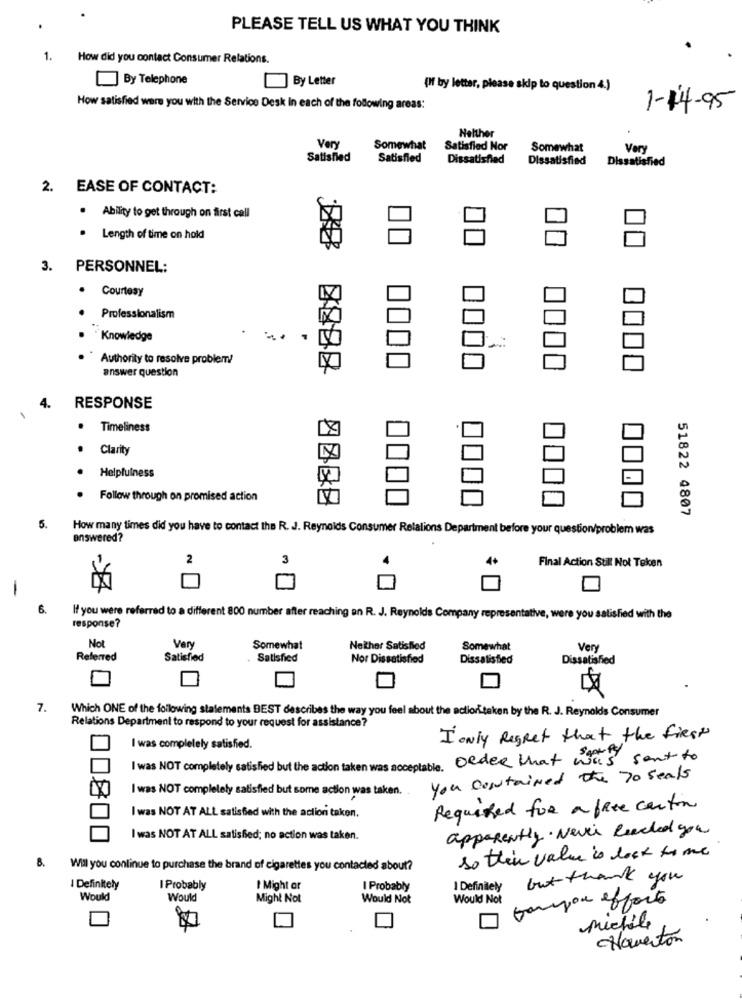
PLEASE TELL US WHAT YOU THINK
.How did you contact Consumer Relations.
By Telephone
] By Letter
{If by letter, please skip to question 4.)
How satisfied were you with the Service Desk In each of the following areas:
1-14-95
Helther
Very
Somewhat
Satisfied Nor
Somewhat
Very
Satisfied
Satisfied
Dissatisfied
Dissatisfied
Dissatisfied
2. EASE OF CONTACT:
. Ability to get through on first call
Length of time on hold
3. PERSONNEL:
· Courtesy
Professionalism
.Knowledge
Authority to resolve problem!
answer question
4.
RESPONSE
Timeliness
Clarity
Helpfulness
Follow through on promised action
51822 4807
5.
How many times did you have to contact the R. J. Reynolds Consumer Relations Department before your question/problem was
answered?
2
3
4+
Final Action Still Not Teken
-
6.
If you were referred to a different 800 number after reaching an R. J. Reynolds Company representative, were you satisfied with the
response?
Not
Very
Somewhat
Neither Satisfied
Somewhat
Very
Referred
Satisfied
Satisfied
Nor Dissatisfied
Dissatisfied
Dissatisfied
7. Which ONE of the following statements BEST describes the way you feel about the action taken by the R. J. Reynolds Consumer
Relations Department to respond to your request for assistance?
I only Regret that the first
I was completely satisfied.
I was NOT completely satisfied but the action taken was acceptable. Oeder that was sent to
you contained the 70 seals
I was NOT completely satisfied but some action was taken.
I was NOT AT ALL satisfied with the action taken.
Required for a free carton
apparently . Never Reached you
I was NOT AT ALL satisfied; no action was taken.
so tten value is look to me
8.
Will you continue to purchase the brand of cigarettes you contacted about?
but thank you
I Definitely
I Probably
I Might or
I Probably
I Definitely
Would
Would
Might Not
Would Not
Would Not
tampon efforts
michile
Naverton